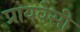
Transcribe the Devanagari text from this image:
प्रायवेसी